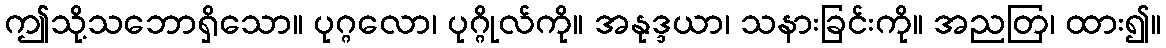
ဤသို့သဘောရှိသော။ ပုဂ္ဂလော၊ ပုဂ္ဂိုလ်ကို။ အနုဒ္ဒယာ၊ သနားခြင်းကို။ အညတြ၊ ထား၍။